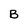
Character: B